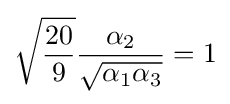
{\sqrt {\frac {20}{9}}}{\frac {\alpha _{2}}{\sqrt {\alpha _{1}\alpha _{3}}}}=1